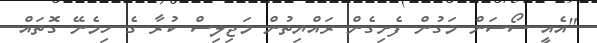
"އެއީ ސޯސަން މަގުން ފެށިގެން ރައްޔިތުން މަޖިލިސް ކުރާ ގެ ހިމެނޭ ގޮތައް